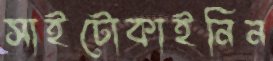
সাইটোকাইনিন